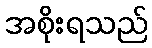
အစိုးရသည်